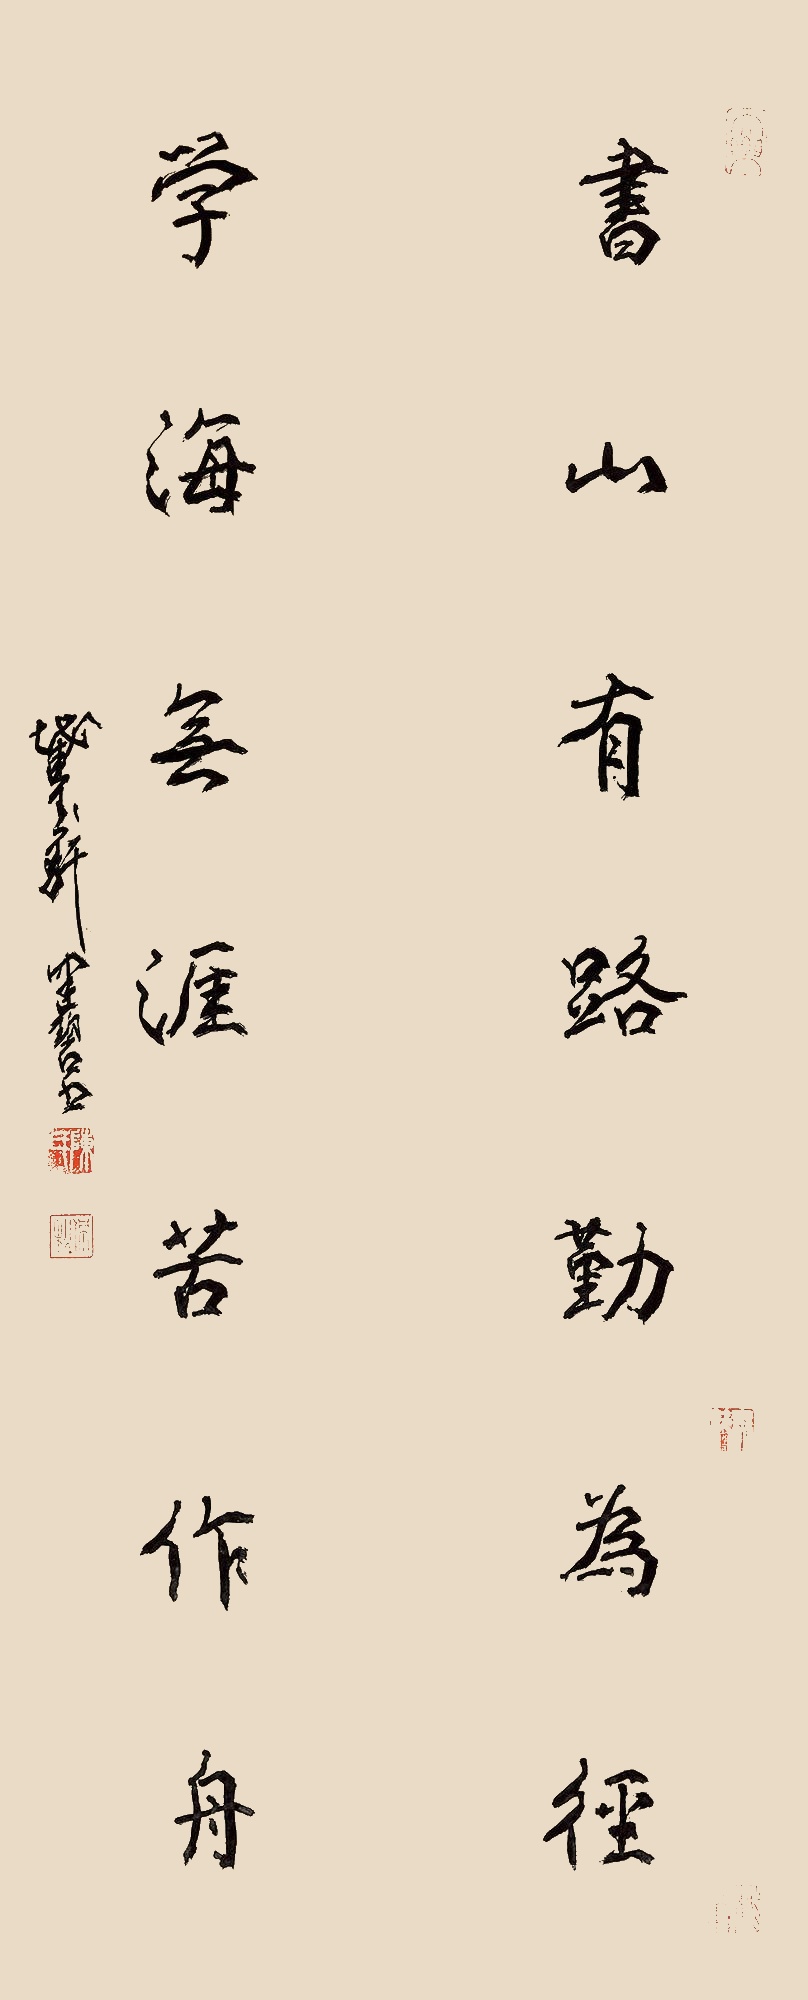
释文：书山有路勤为径，学海无涯苦作舟。截玉轩健碧书。